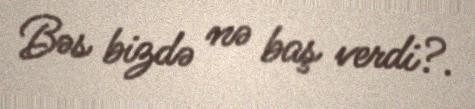
Bəs bizdə nə baş verdi?.